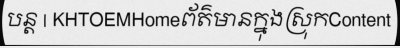
បន្ត | KHTOEMHomeព័ត៌មានក្នុងស្រុកContent